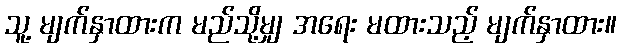
သူ့ မျက်နှာထားက မည်သို့မျှ အရေး မထားသည့် မျက်နှာထား။